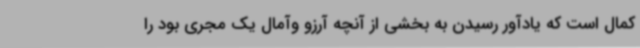
کمال است که یادآور رسیدن به بخشی از آنچه آرزو وآمال یک مجری بود را